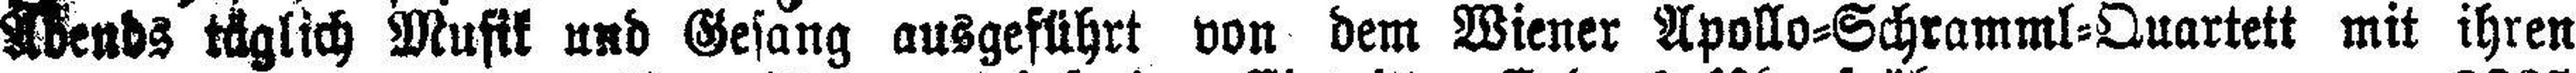
Abends täglich Musik und Gesang ausgeführt von dem Wiener Apollo=Schramml=Quartett mit ihren